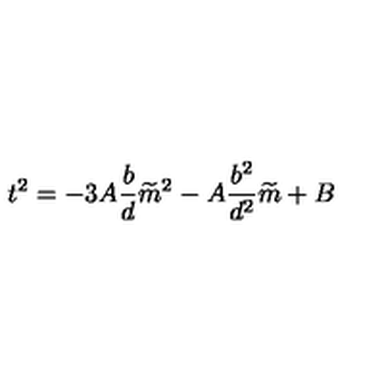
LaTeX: t ^ { 2 } = - 3 A \frac { b } { d } \widetilde { m } ^ { 2 } - A \frac { b ^ { 2 } } { d ^ { 2 } } \widetilde { m } + B